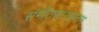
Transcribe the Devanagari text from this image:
संगीतसारामृतम्